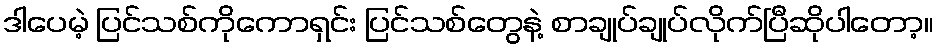
ဒါပေမဲ့ ပြင်သစ်ကိုကောရှင်း ပြင်သစ်တွေနဲ့ စာချုပ်ချုပ်လိုက်ပြီဆိုပါတော့။